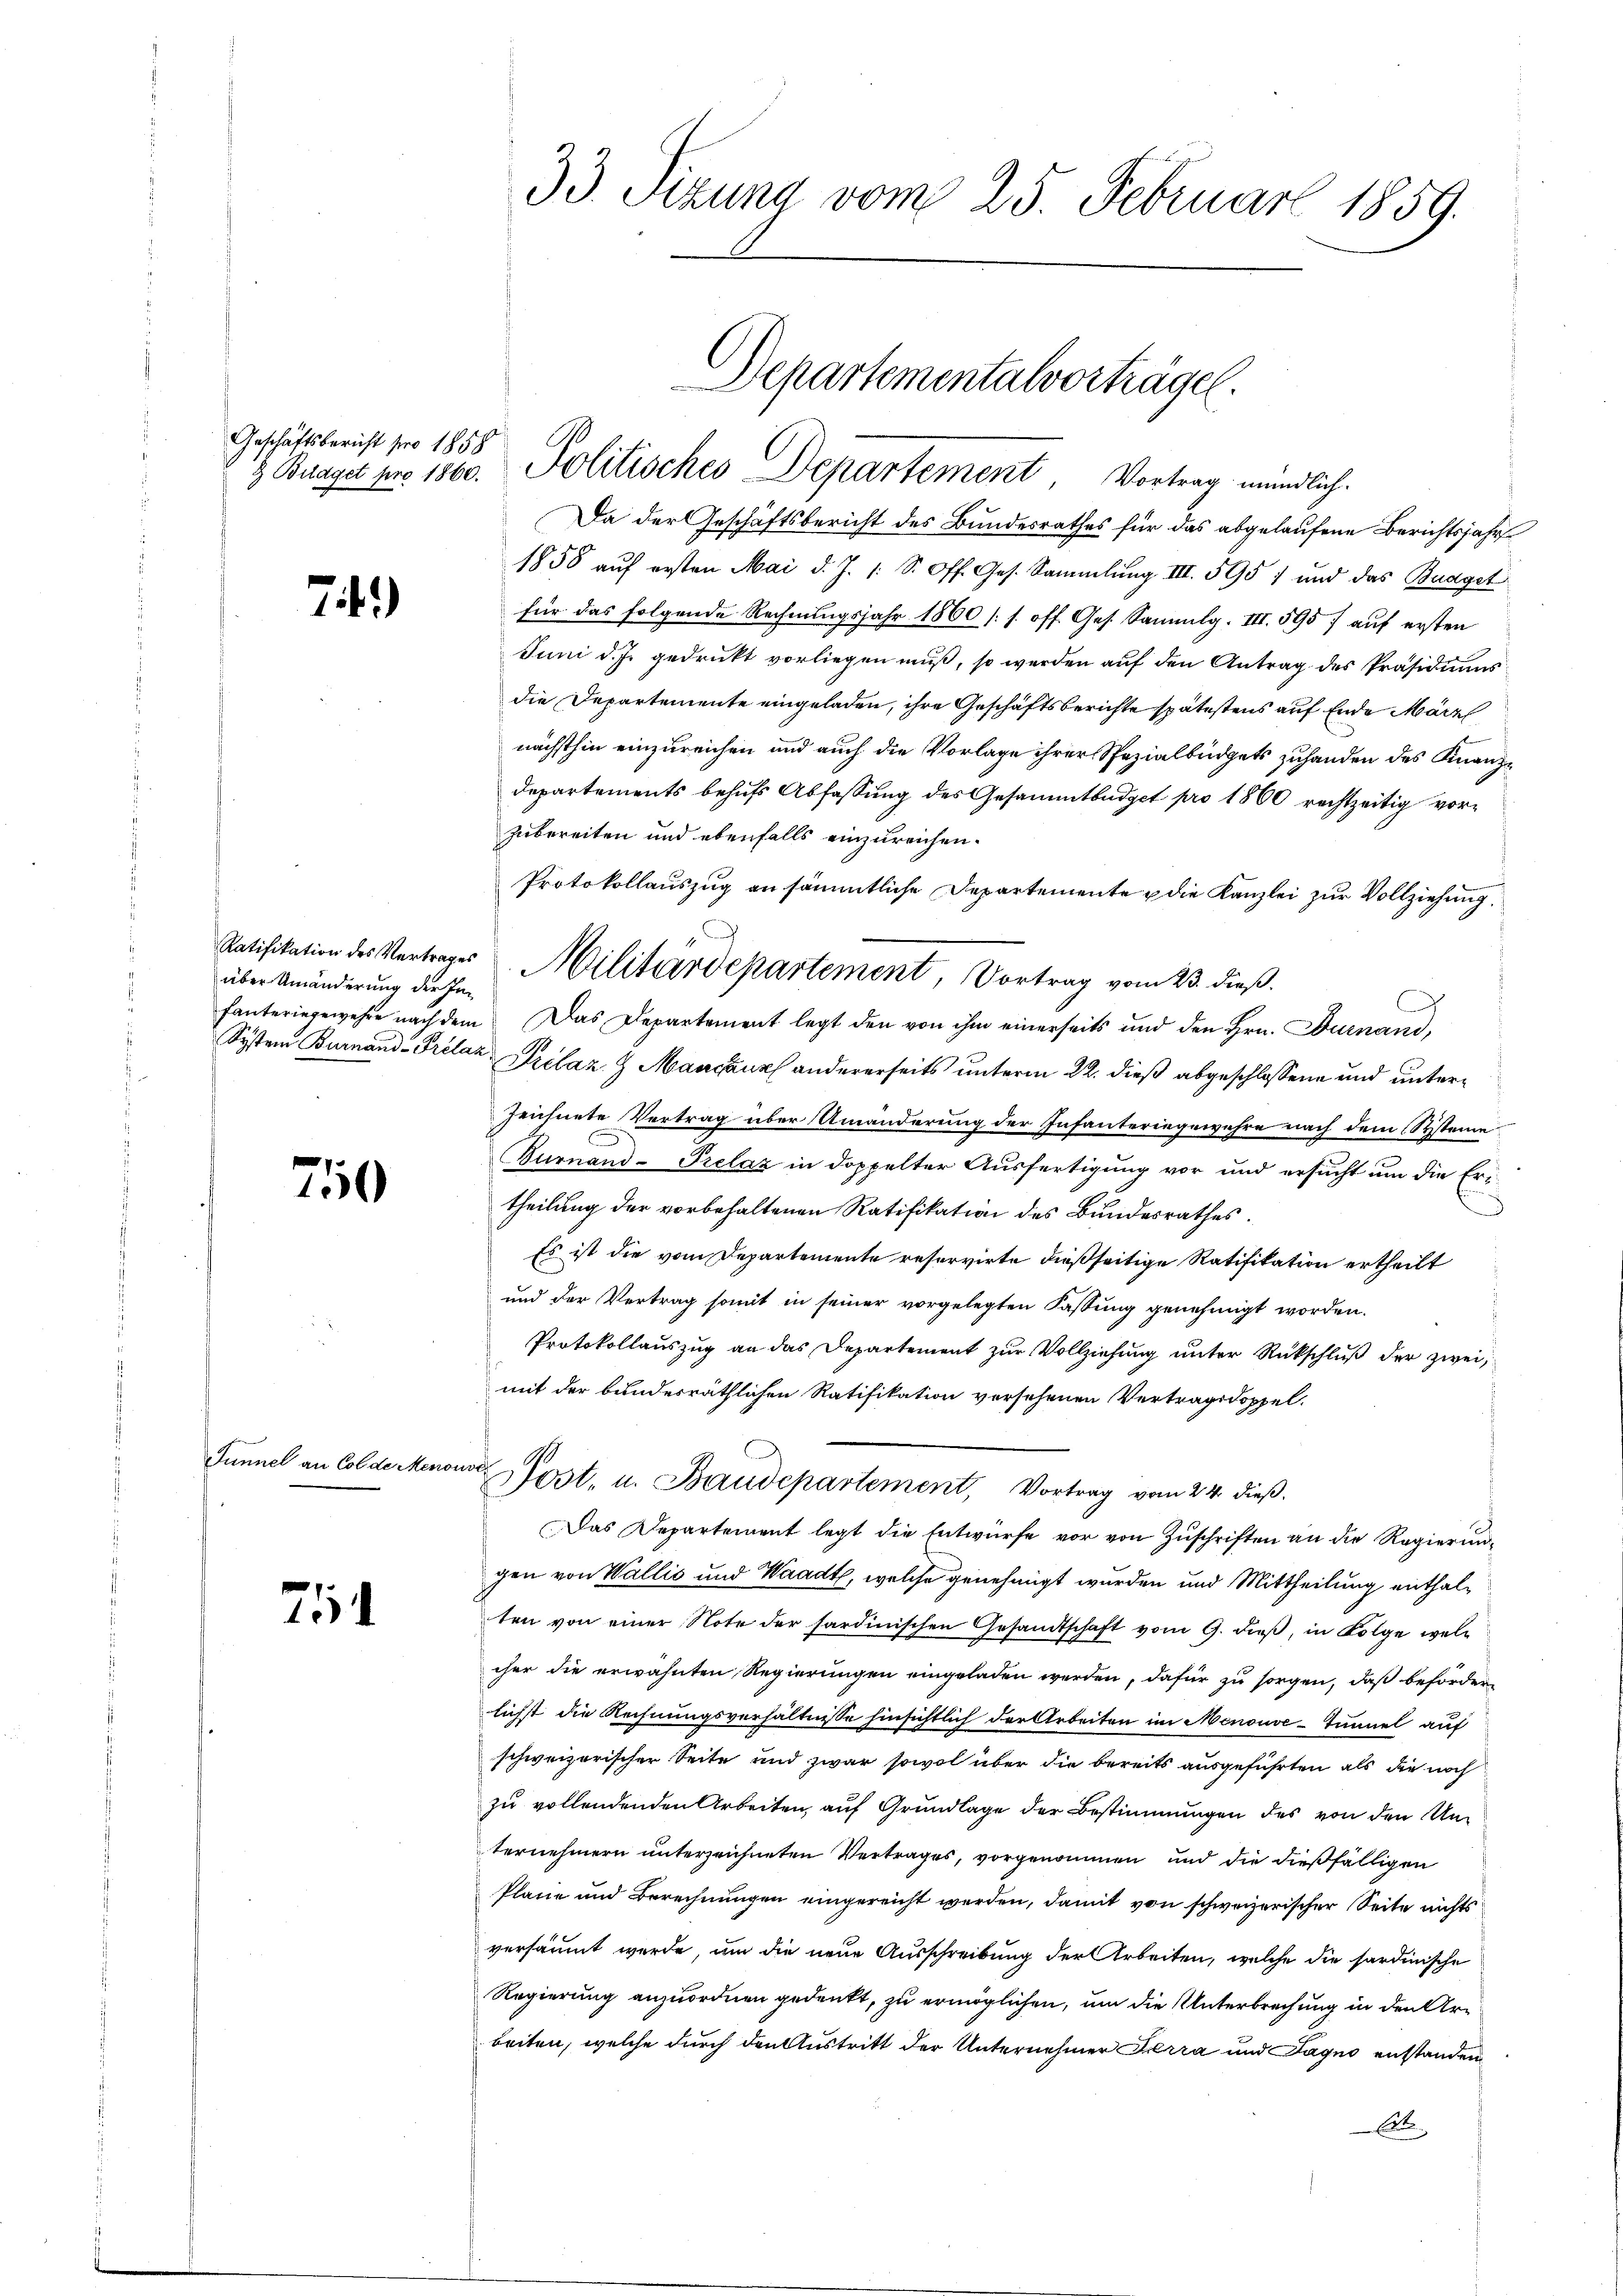
Geschäftsbericht pro 1858

750

Tunnel an Colde Meno

7

74.)

über Umänderung der In¬

33. Sizung vom 25. Februar 1859.

Departementalvorträge.
z Buaget pro 1860. Politisches Departement Vortrag mündlich.

Da der Geschäftsbericht des Bundesrathes für das abgelaufene Berichtsjahr
1858 auf ersten Mai d. J. 1: S. Off. Ges. Sammlung III. 595) und das Budget
für das folgende Rechnungsjahr 1860 (s. off. Ges. Sammlg. III. 595 / auf ersten
Juni d. Js. gedrukt vorliegen muß, so werden auf den Antrag des Präsidiums
die Departemente eingeladen, ihre Geschäftsberichte spätestens auf Ende März
nächsthin einzureichen und auch die Vorlage ihrer Spezialbüdgets zuhanden des Finanz¬
Departements behufs Abfassung des Gesammtbüdget pro 1860 rechtzeitig vorzubereiten und ebenfalls einzureichen.
Protokollauszug an sämmtliche Departemente & die Kanzlei zur Vollziehung.
.
fanteringewehre nach dem Das Departement legt den von ihm einerseits und den Hrn. Durnand,
System Burnaud-Prélaz Prélaz & Mancanz andererseits unterm 22. dieß abgeschlossene und unterzeichnete Vertrag über Umänderung der Infanteringewehre nach dem Systeine
Furnand-Prelaz in doppelter Ausfertigung vor und ersucht um die Eritheilung der vorbehaltenen Ratifikation des Bundesrathes.
Es ist die vom Departemente reservirte dießseitige Ratifikation ertheilt
und der Vertrag somit in seiner vorgelegten Fassung genehmigt worden.
Protokollauszug an das Departement zur Vollziehung unter Rückschluß der zweimit der bundesräthlichen Ratifikation versehenen Vertragsdoppel.
onoch
Post, u. Baudepartement, Vortrag vom 24. dieß.
Das Departement legt die Entwürfe vor von Zuschriften an die Regierungen von Wallis und Waadt, welche genehmigt wurden und Mittheilung enthalten von einer Note der sardinischen Gesandtschaft vom 9. dieß, in Folge welcher die erwähnten Regierungen eingeladen werden, dafür zu sorgen, daß beförderlichst die Rechnungsverhältnisse hinsichtlich der Arbeiten im Menouve-Tunnel auf
schweizerischer Seite und zwar sowol über die bereits ausgeführten als die noch
zu vollendenden Arbeiten, auf Grundlage der Bestimmungen des von den Unternehmern unterzeichneten Vertrages, vorgenommen und die dießfälligen
Pläne und Berechnungen eingereicht werden, damit von schweizerischer Seite nichts
versäumt werde, um die neue Ausschreibung der Arbeiten, welche die sardinische
Regierung anzuordnen gedenkt, zu ermöglichen, um die Unterbrechung in den Arbeiten, welche durch den Austritt der Unternehmer Ferra und Fagno entstanden
Art.

Ratifikation des Vertrages Militärdepartement, Vortrag vom 23. dieß.